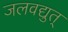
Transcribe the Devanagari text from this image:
जलवद्युत्‌